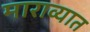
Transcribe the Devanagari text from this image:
माराव्यात